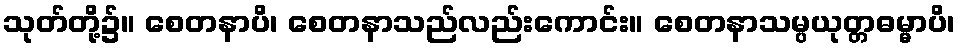
သုတ်တို့၌။ စေတနာပိ၊ စေတနာသည်လည်းကောင်း။ စေတနာသမ္ပယုတ္တဓမ္မာပိ၊